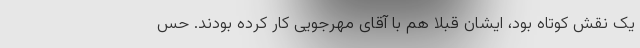
یک نقش کوتاه بود، ایشان قبلا هم با آقای مهرجویی کار کرده بودند. حس